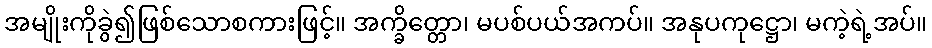
အမျိုးကိုခွဲ၍ဖြစ်သောစကားဖြင့်။ အက္ခိတ္တော၊ မပစ်ပယ်အကပ်။ အနုပကုဋ္ဌော၊ မကဲ့ရဲ့အပ်။